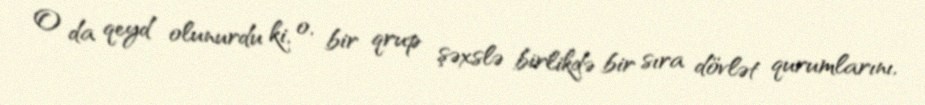
O da qeyd olunurdu ki, o, bir qrup şəxslə birlikdə bir sıra dövlət qurumlarını,